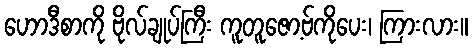
ဟောဒီစာကို ဗိုလ်ချုပ်ကြီး ကူတူဇော့ဗ်ကိုပေး၊ ကြားလား။